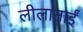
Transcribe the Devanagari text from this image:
लीलाताईं